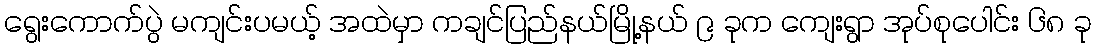
ရွေးကောက်ပွဲ မကျင်းပမယ့် အထဲမှာ ကချင်ပြည်နယ်မြို့နယ် ၉ ခုက ကျေးရွာ အုပ်စုပေါင်း ၆၈ ခု